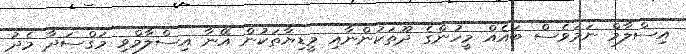
އިސްލާމް ނަމަވެސް ބައެއް މީހުންގެ ދޫތަކުންނާއި މީޑިޔާތަކުން އޭނާ އިސްލާމްވި މަޤްސަދާ މެދު